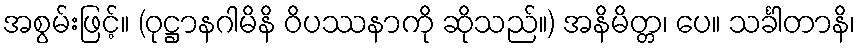
အစွမ်းဖြင့်။ (ဝုဋ္ဌာနဂါမိနိ ဝိပဿနာကို ဆိုသည်။) အနိမိတ္တ၊ ပေ။ သင်္ခါတာနိ၊